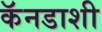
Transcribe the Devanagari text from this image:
कॅनडाशी